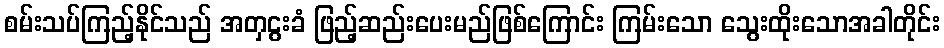
စမ်းသပ်ကြည့်နိုင်သည် အတှငွးခံ ဖြည့်ဆည်းပေးမည်ဖြစ်ကြောင်း ကြမ်းသော သွေးထိုးသောအခါတိုင်း